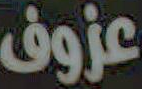
عزوف